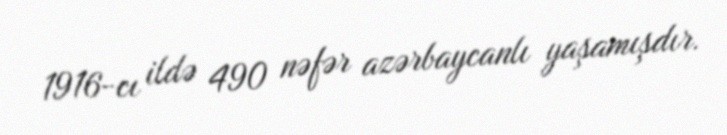
1916-cı ildə 490 nəfər azərbaycanlı yaşamışdır.